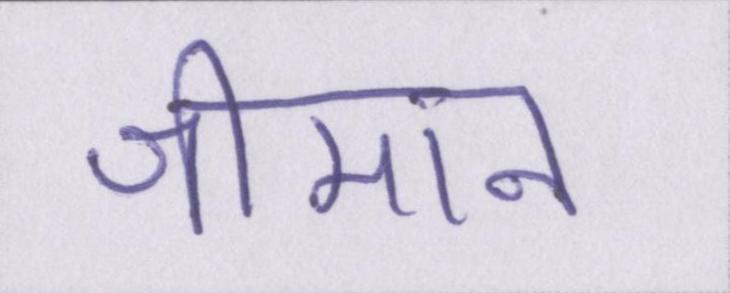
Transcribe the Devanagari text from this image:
श्रीमान